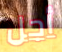
أجل